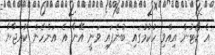
އެ ކޯޓުން އިއްވި ހުކުމުގައި ބުނެފައި ވަނީ އޭނާ އެ އަންހެން ކުއްޖާޔާ